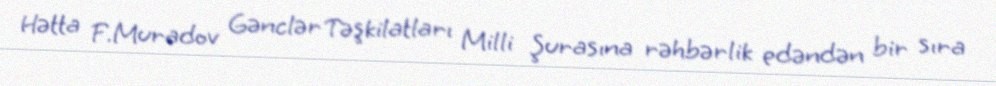
Hətta F.Muradov Gənclər Təşkilatları Milli Şurasına rəhbərlik edəndən bir sıra